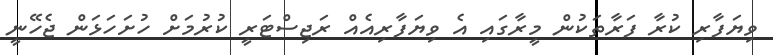
ވިޔަފާރި ކުރާ ފަރާތަކުން މީރާގައި އެ ވިޔަފާރިއެއް ރަޖިސްޓަރީ ކުރުމަށް ހުށަހަޅަން ޖެހޭނީ